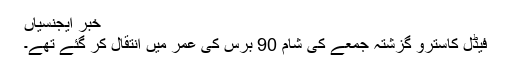
خبر ایجنسیاں
فیڈل کاسترو گزشتہ جمعے کی شام 90 برس کی عمر میں انتقال کر گئے تھے۔